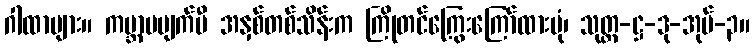
ဂါထာများ။ ကမ္ဘာမပျက်မီ အနှစ်တစ်သိန်းက ကြိုတင်ကြွေးကြော်ထားပုံ၊ သုတ္တ-ဋ္ဌ-ဒု-အုပ်-၃။